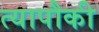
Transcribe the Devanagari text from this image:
त्यापौकी